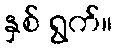
နှစ် ရွက်။